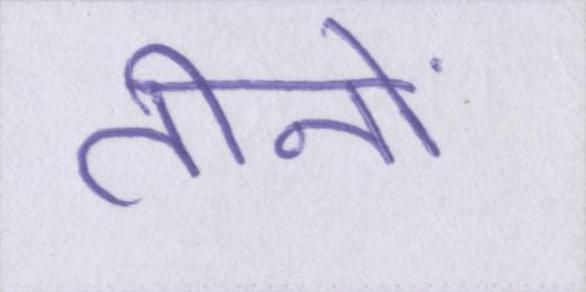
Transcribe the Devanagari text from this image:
तीनों